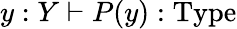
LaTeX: y:Y\vdash P(y):\mathrm{Type}